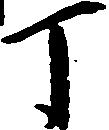
丁